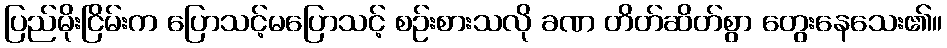
ပြည်မိုးငြိမ်းက ပြောသင့်မပြောသင့် စဉ်းစားသလို ခဏ တိတ်ဆိတ်စွာ တွေးနေသေး၏။